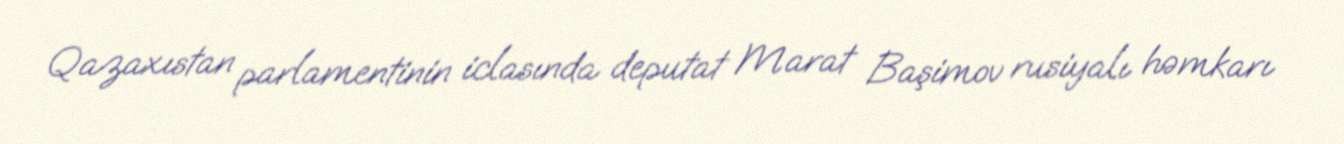
Qazaxıstan parlamentinin iclasında deputat Marat Başimov rusiyalı həmkarı